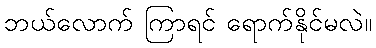
ဘယ်လောက် ကြာရင် ရောက်နိုင်မလဲ။